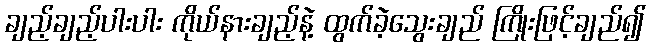
ချည့်ချည့်ပါးပါး ကိုယ်နားချည့်နဲ့ ထွက်ခဲ့သွေးချည် ကြိုးဖြင့်ချည်၍